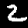
Label: 2